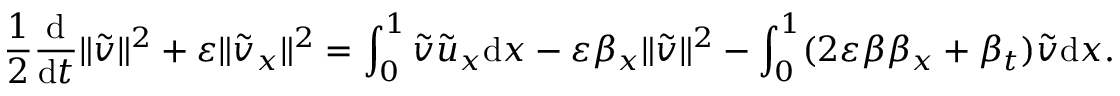
\frac 1 2 \frac { \mathrm { d } } { \mathrm { d } t } \| \tilde { v } \| ^ { 2 } + \varepsilon \| \tilde { v } _ { x } \| ^ { 2 } = \int _ { 0 } ^ { 1 } \tilde { v } \tilde { u } _ { x } \mathrm { d } x - \varepsilon \beta _ { x } \| \tilde { v } \| ^ { 2 } - \int _ { 0 } ^ { 1 } ( 2 \varepsilon \beta \beta _ { x } + \beta _ { t } ) \tilde { v } \mathrm { d } x .